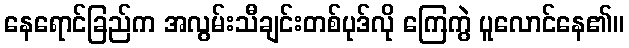
နေရောင်ခြည်က အလွမ်းသီချင်းတစ်ပုဒ်လို ကြေကွဲ ပူလောင်နေ၏။